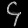
Digit: ၄